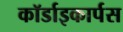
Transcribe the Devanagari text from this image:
कॉर्डाइकार्पस